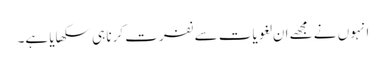
انہوں نے مجھے ان لغویات سے نفرت کرنا ہی سکھایا ہے۔